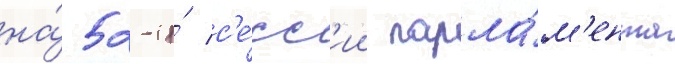
на́ 52-и́ с'е́сс'ии парла́м'ента